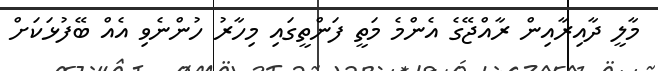
މާލީ ދާއިރާއިން ރާއްޖޭގެ އެންމެ މަތީ ފަންތީގައި މިހާރު ހުންނެވި އެއް ބޭފުޅަކަށް